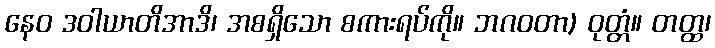
နေဝ ဒဝါယာတိအာဒိ၊ အစရှိသော စကားရပ်ကို။ ဘဂဝတာ) ဝုတ္တံ။ တတ္ထ၊